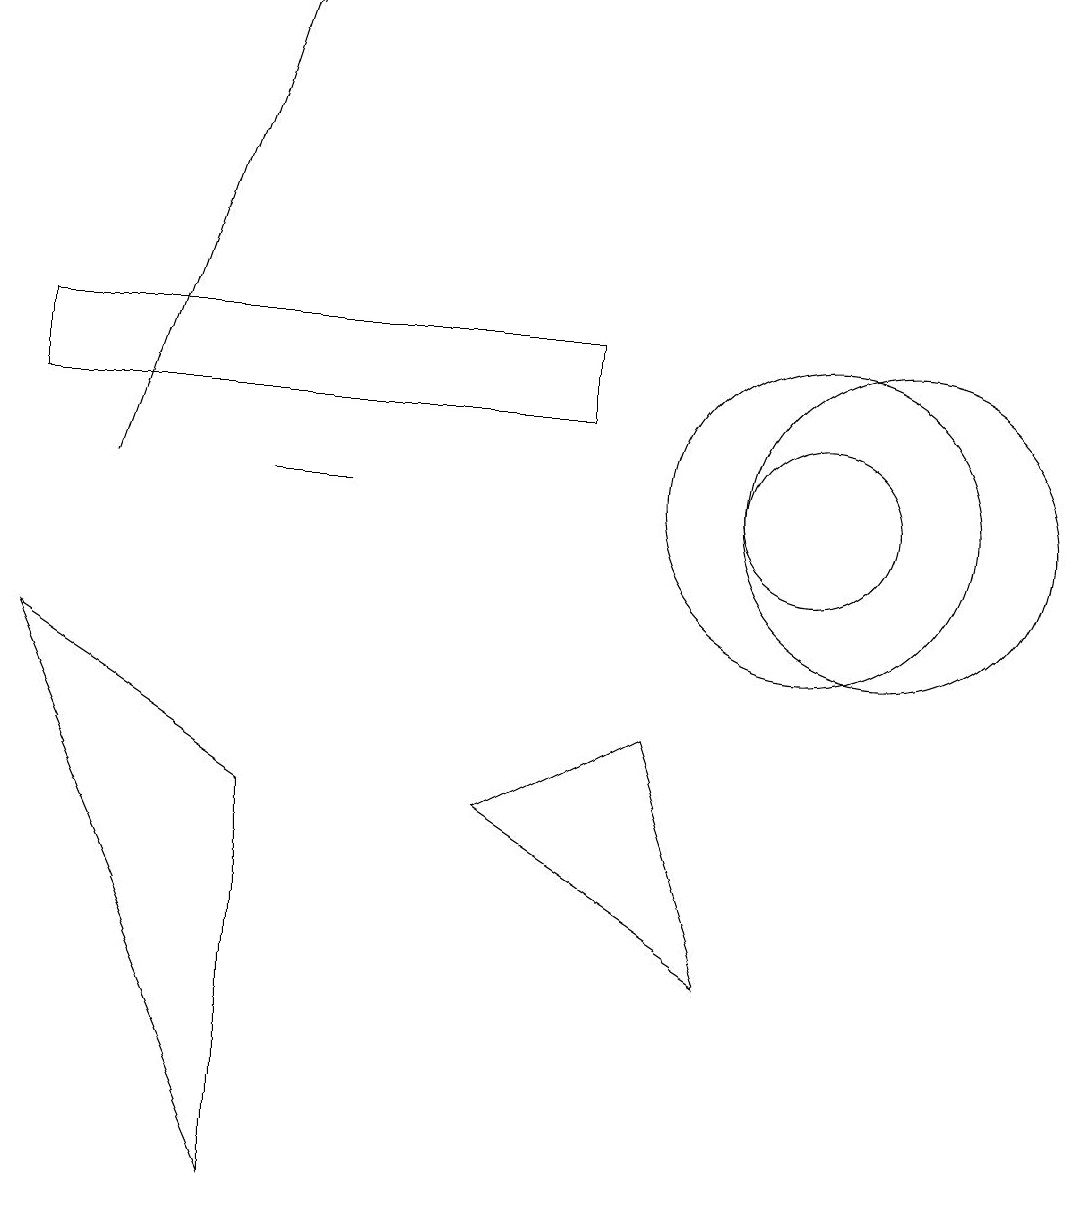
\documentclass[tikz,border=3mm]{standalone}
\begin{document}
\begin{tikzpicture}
\draw (10,10) circle (1);
\draw (11,10) circle (2);
\draw (9,4) -- (8,7) -- (6,6) -- cycle;
\draw (10,10) circle (2);
\draw (0,8) -- (3,6) -- (3,1) -- cycle;
\draw (4,10) rectangle (3,10);
\draw[->] (1,10) -- (3,16);
\draw (0,11) rectangle (7,12);
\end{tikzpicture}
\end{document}